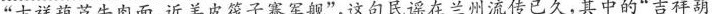
”吉祥葫芦牛肉面，近羊皮筏子赛军舰”，这句民谣在兰州流传已久，其中的”吉祥葫